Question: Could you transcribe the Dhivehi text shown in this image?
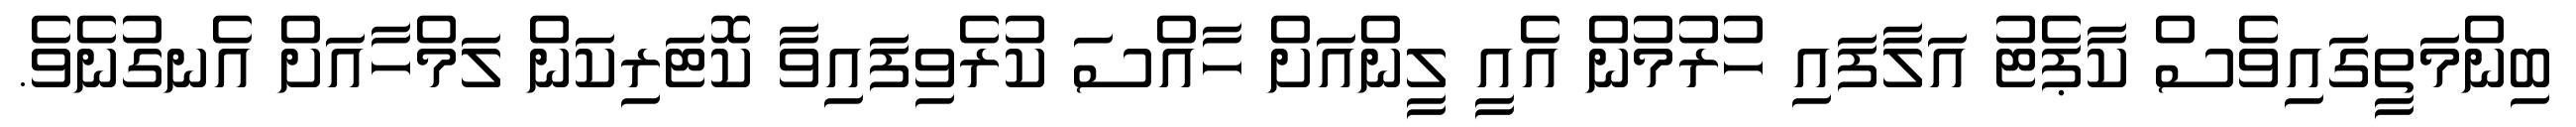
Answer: ބިންމަތީގައިވެސް ކާޕެޓު އަލާފައި ހުރުމުން އެއީ ލީންއަށް ހާއްސަ ކުރެވިފައިވާ ކޮޓަރިކަން ލަމްހާއަށް އެނގުނެވެ.